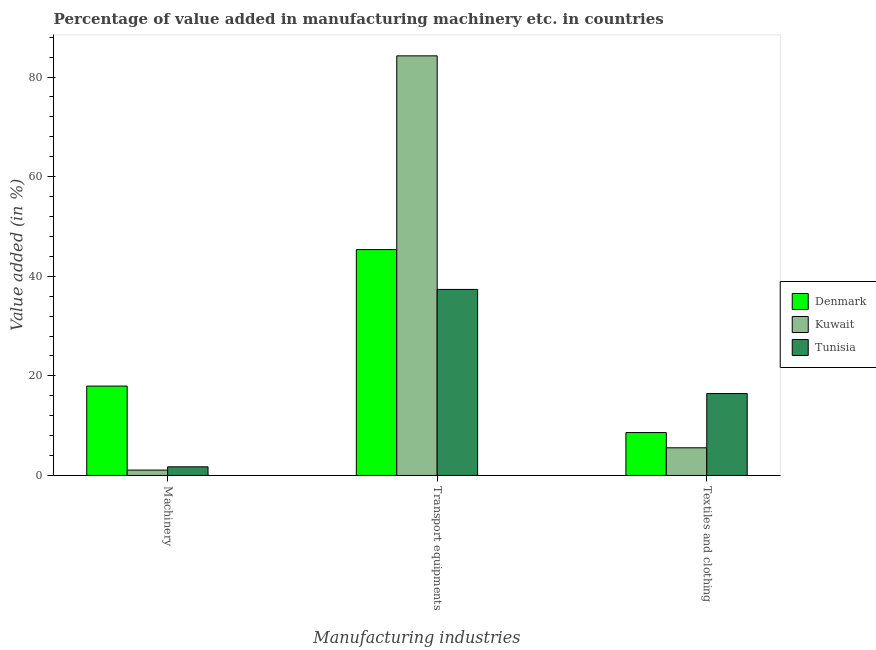
| Manufacturing industries | Denmark | Kuwait | Tunisia |
 | --- | --- | --- | --- |
 | Machinery | 17.9 | 1.08 | 1.73 |
 | Transport equipments | 45.4 | 84.3 | 37.4 |
 | Textiles and clothing | 8.61 | 5.55 | 16.4 |